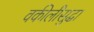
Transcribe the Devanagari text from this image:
वकीलीसुद्धा